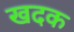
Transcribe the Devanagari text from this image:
खदक